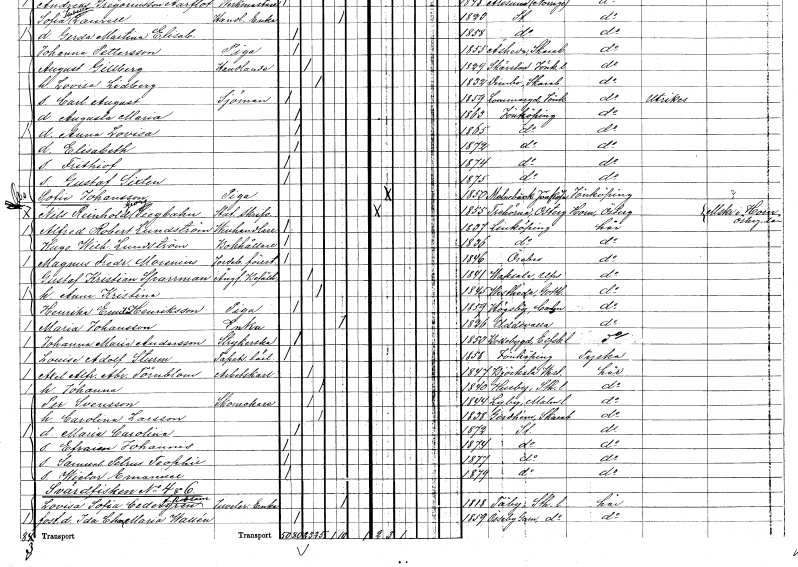
gt_parse: households: individuals: FN: Sofie
EN: Johansson
YRKE: Piga
KON: K
CIV: O
FODAR: 1850
FODFORS: Malmbäck Jönköpings län
FN: Nils Reinhold Georg
EN: Siegbahn
YRKE: Stat.skrivare
KON: M
CIV: O
FODAR: 1855
FODFORS: Trehörna Östergötlands län
FN: Alfred Robert
EN: Lundström
YRKE: Vinhandlare
KON: M
CIV: O
FODAR: 1837
FODFORS: Linköping Östergötlands län
FN: Hugo Wilhelm
EN: Lundström
YRKE: Bokhållare
KON: M
CIV: O
FODAR: 1836
FODFORS: Linköping Östergötlands län
FN: Magnus Fredrik
EN: Morenius
YRKE: Föreståndare för lantbruk
KON: M
CIV: O
FODAR: 1846
FODFORS: Örebro Örebro län
FN: Gustaf Kristian
EN: Sparrman
YRKE: Ångbåtsbefälhavare
KON: M
CIV: G
FODAR: 1841
FODFORS: Vaksala Uppsala län
FN: Anna Kristina
KON: K
CIV: G
FODAR: 1845
FODFORS: Västerhejde Gotlands län
FN: Henrika Emilia
YRKE: Piga
KON: K
CIV: O
FODAR: 1859
FODFORS: Högsby Kalmar län
FN: Maria
EN: Johansson
YRKE: Änka
KON: K
CIV: E
FODAR: 1826
FODFORS: Uddevalla Göteborgs- och Bohuslän
FN: Johanna Maria
EN: Andersson
YRKE: Strykerska
KON: K
CIV: O
FODAR: 1853
FODFORS: Bollebygd Älvsborgs län
FN: Louise Adolf
EN: Sturm
YRKE: Tapetserarelärling
KON: M
CIV: O
FODAR: 1858
FODFORS: Jönköping Jönköpings län
FN: Axel Alfred Abraham
EN: Törnblom
YRKE: Arbetskarl
KON: M
CIV: G
FODAR: 1847
FODFORS: Björksta Västmanlands län
FN: Johanna
KON: K
CIV: G
FODAR: 1840
FODFORS: Husby Stockholms län
FN: Per
EN: Svensson
YRKE: Skomakare
KON: M
CIV: G
FODAR: 1844
FODFORS: Lyby Malmöhus län
FN: Carolina
EN: Larsson
KON: K
CIV: G
FODAR: 1838
FODFORS: Gärdhem Älvsborgs län
FN: Maria Carolina
KON: K
CIV: O
FODAR: 1872
FODFORS: Stockholm
FN: Efraim Johannis
KON: M
CIV: O
FODAR: 1874
FODFORS: Stockholm
FN: Samuel Petrus Teophil
KON: M
CIV: O
FODAR: 1877
FODFORS: Stockholm
FN: Wictor Emanuel
KON: M
CIV: O
FODAR: 1879
FODFORS: Stockholm
FN: Lovisa Sofia
EN: Cedergren Robsam
YRKE: Juvelerareänka
KON: K
CIV: E
FODAR: 1818
FODFORS: Täby Stockholms län
FN: Ida Charlotta Maria
EN: Wallén
KON: K
CIV: O
FODAR: 1859
FODFORS: Össeby-Garn Stockholms län